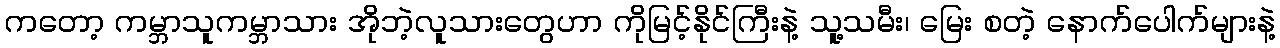
ကတော့ ကမ္ဘာသူကမ္ဘာသား အိုဘဲ့လူသားတွေဟာ ကိုမြင့်နိုင်ကြီးနဲ့ သူ့သမီး၊ မြေး စတဲ့ နောက်ပေါက်များနဲ့